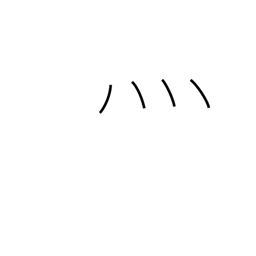
Meaning: fire radical (no. 86)